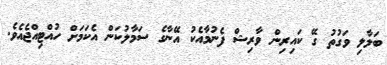
ބަލާލި ވަގުތު ގޭ ކައިރިން ވާރިޝް ފެނުމާއެކު އޭނާގެ ސަމާލުކަން އެކަމަށް ހުއްޓިއްޖެއެވެ.